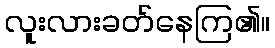
လူးလားခတ်နေကြ၏။